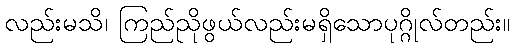
လည်းမသိ၊ ကြည်ညိုဖွယ်လည်းမရှိသောပုဂ္ဂိုလ်တည်း။